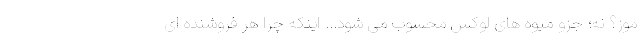
موز؟ نه؛ جزو میوه های لوکس محسوب می شود... اینکه چرا هر فروشنده ای